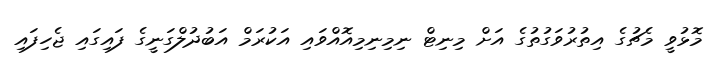
މޮޅުވީ މެޗުގެ އިތުރުވަގުތުގެ އަށް މިނިޓް ނިމިނިމިއޮއްވައި އަކުރަމް އަބުދުލްގަނީގެ ފައިގައި ޖެހިފައި